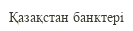
Қазақстан банктері